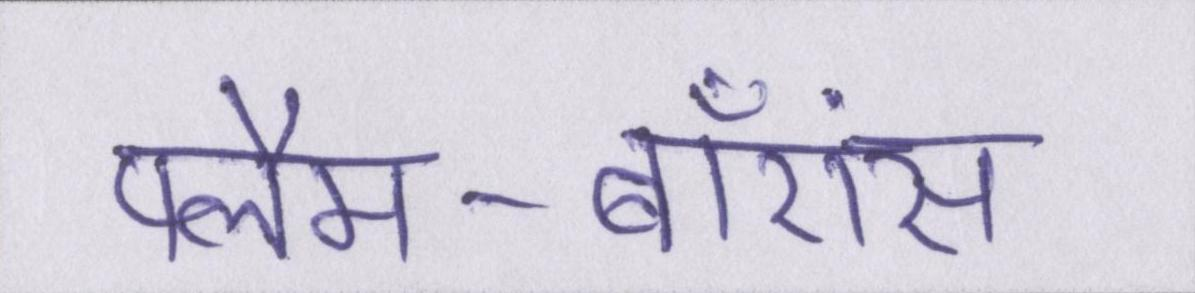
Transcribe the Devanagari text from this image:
फ्लैम-बॉएंस